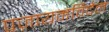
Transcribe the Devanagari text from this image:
पज़ायमविदेन